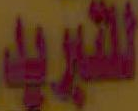
للتبريد